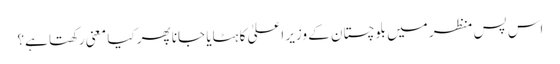
اس پس منظر میں بلوچستان کے وزیر اعلیٰ کا ہٹایا جانا پھر کیا معنی رکھتا ہے؟